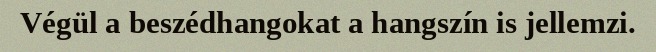
Végül a beszédhangokat a hangszín is jellemzi.